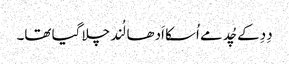
دِدِ کے چُد مے اُسکا اَدھا لُند چلا گیا تھا۔